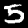
Label: 5